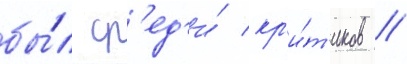
бы́л ср'ед'и́ кр'и́т'иков //